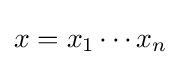
x=x_{1}\cdots x_{n}